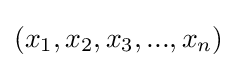
(x_{1},x_{2},x_{3},...,x_{n})